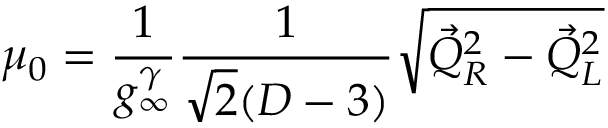
\mu _ { 0 } = \frac { 1 } { g _ { \infty } ^ { \gamma } } \frac { 1 } { \sqrt { 2 } ( D - 3 ) } \sqrt { { \vec { Q } } _ { R } ^ { 2 } - { \vec { Q } } _ { L } ^ { 2 } } \nonumber \,